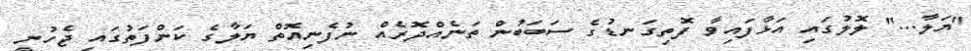
"ޔަލާ..." ލޮލުގައި އަޅާފައިވާ ފޮތިގަނޑުގެ ސަބަބުން ތަނެއްދޮރެއް ނުފެނިއޮތް ޔަލާގެ ކަންފަތުގައި ޖެހުނީ